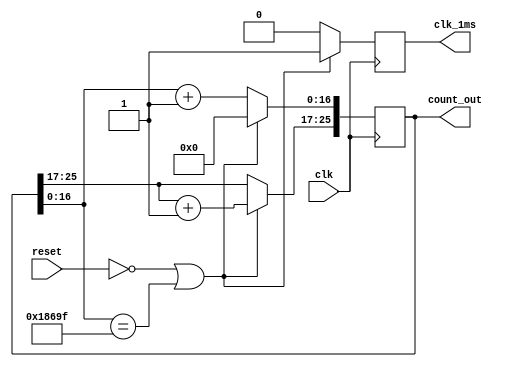
module counter_26bit(clk, reset, clk_1ms, count_out);

		parameter COUNTER=26;
		input clk;
		input reset;
		output clk_1ms;
		output wire [COUNTER-1:0] count_out; 
		reg [COUNTER-1:0] count;
		reg second_m;
		wire clk;
	
		
	initial
		count<=0;
		
		always@(posedge clk)begin
			if(!reset || (count[16:0]==99999))begin //reset==1
				count[16:0]<=0; 
				count[25:17]<=count[25:17]+1; 
				second_m<=1; //if we consider the fpga as 50Mhz,then here becomes 1ms
			end
			else begin
				count[16:0] <= count[16:0]+1;
				second_m<=0;
			end 
		end
		
		assign clk_1ms=second_m; 
		assign count_out=count;
		
endmodule